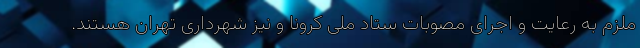
ملزم به رعایت و اجرای مصوبات ستاد ملی کرونا و نیز شهرداری تهران هستند.